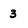
Character: 3